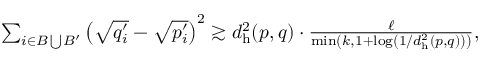
\begin{array} { r } { \sum _ { i \in B \bigcup B ^ { \prime } } \left( \sqrt { q _ { i } ^ { \prime } } - \sqrt { p _ { i } ^ { \prime } } \right) ^ { 2 } \gtrsim d _ { \mathrm { h } } ^ { 2 } ( p , q ) \cdot \frac { \ell } { \operatorname* { m i n } \left( k , 1 + \log \left( 1 / d _ { \mathrm { h } } ^ { 2 } ( p , q ) \right) \right) } , } \end{array}